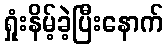
ရှုံးနိမ့်ခဲ့ပြီးနောက်